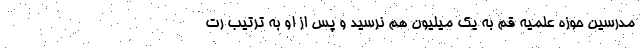
مدرسین حوزه علمیه قم به یک میلیون هم نرسید و پس از او به ترتیب رت